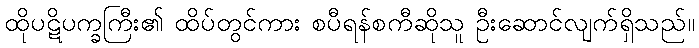
ထိုပဋိပက္ခကြီး၏ ထိပ်တွင်ကား စပီရန်စကီဆိုသူ ဦးဆောင်လျက်ရှိသည်။